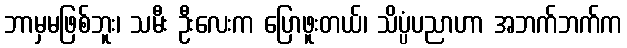
ဘာမှမဖြစ်ဘူး၊ သမီး ဦးလေးက ပြောဖူးတယ်၊ သိပ္ပံပညာဟာ အဘက်ဘက်က